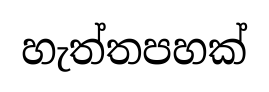
හැත්තපහක්